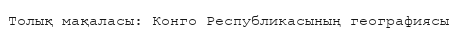
Толық мақаласы: Конго Республикасының географиясы